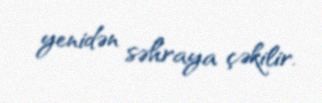
yenidən səhraya çəkilir.